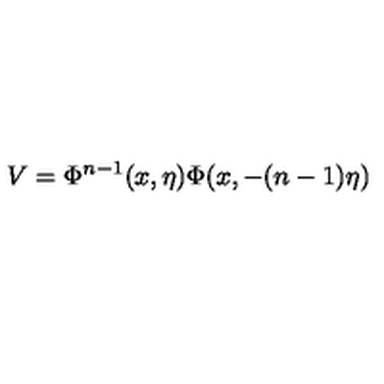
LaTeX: V = \Phi ^ { n - 1 } ( x , \eta ) \Phi ( x , - ( n - 1 ) \eta )